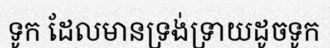
ទូក ដែលមានទ្រង់ទ្រាយដូចទូក